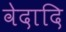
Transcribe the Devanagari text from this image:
वेदादि